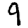
Digit: 9